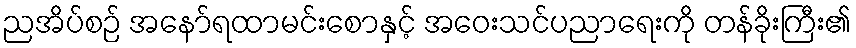
ညအိပ်စဉ် အနော်ရထာမင်းစောနှင့် အဝေးသင်ပညာရေးကို တန်ခိုးကြီး၏